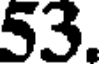
53.